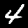
Digit: 4